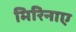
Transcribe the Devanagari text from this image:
मिरिनाए